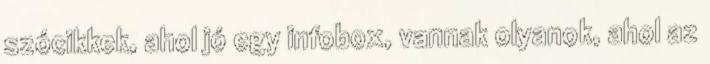
szócikkek, ahol jó egy infobox, vannak olyanok, ahol az